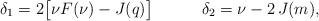
\begin{align*}\delta_1= 2\big[\nu F(\nu)-J(q)\big]\quad\,\,\,\quad\,\,\,\delta_2=\nu-2\,J(m),\end{align*}